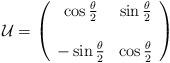
LaTeX: \begin{align*}{\cal{U}} =\left( \begin{array}{cc} \cos{\frac{\theta}{2}} &\sin{\frac{\theta}{2}} \\ \\ -\sin{\frac{\theta}{2}} &\cos{\frac{\theta}{2}} \end{array} \right)\end{align*}